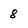
Character: 8